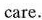
care.